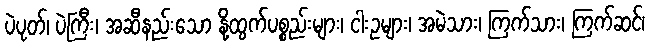
ပဲပုတ်၊ ပဲကြီး၊ အဆီနည်းသော နို့ထွက်ပစ္စည်းများ၊ ငါးဥများ၊ အမဲသား၊ ကြက်သား၊ ကြက်ဆင်၊